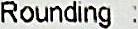
ROUNDING :